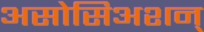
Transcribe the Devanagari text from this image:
असोसिअशन्